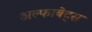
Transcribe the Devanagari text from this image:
अल्फाबेट्स